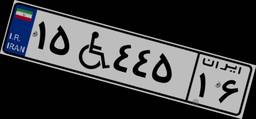
۵۳W۰۲۲۲۹